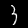
Digit: 3